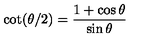
\cot ( \theta / 2 ) = \frac { 1 + \cos \theta } { \sin \theta }